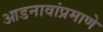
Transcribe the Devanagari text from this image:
आडनावांप्रमाणे